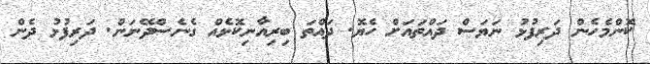
ކޮންމެހެން ދަރިފުޅު ނަޔަސް ދައްތައަށް ހެޔޮ. ދައްތަ ބިރިއާނިކޮޅެއް ގެނެސްދޭނަން. ދަރިފުޅު ދެން